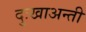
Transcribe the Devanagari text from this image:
दुःखाअन्ती